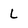
Character: L